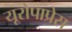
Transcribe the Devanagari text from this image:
यूरोपाप्रेस